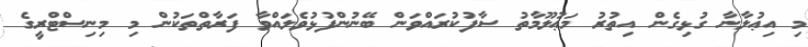
މި އިޢުލާނާ ގުޅިގެން އިތުރު މަޢުލޫމާތު ސާފުކުރައްވަން ބޭނުންފުޅުވެލައްވާ ފަރާތްތަކުން މި މިނިސްޓްރީގެ